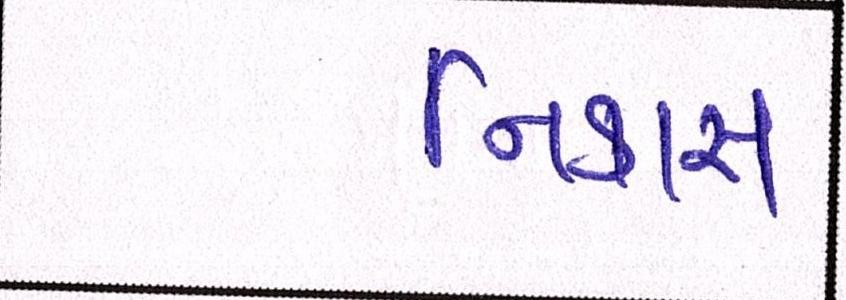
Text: નિકાસ